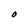
Character: O